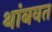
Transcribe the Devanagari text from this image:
थांबवत